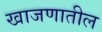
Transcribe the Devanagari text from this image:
खाजणातील